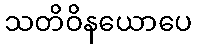
သတိဝိနယောပေ